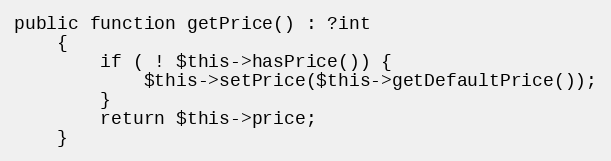
Language: PHP
public function getPrice() : ?int
    {
        if ( ! $this->hasPrice()) {
            $this->setPrice($this->getDefaultPrice());
        }
        return $this->price;
    }